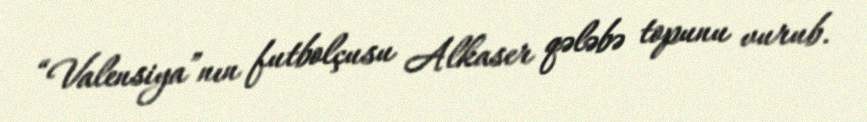
“Valensiya”nın futbolçusu Alkaser qələbə topunu vurub.